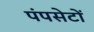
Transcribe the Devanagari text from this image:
पंपसेटों